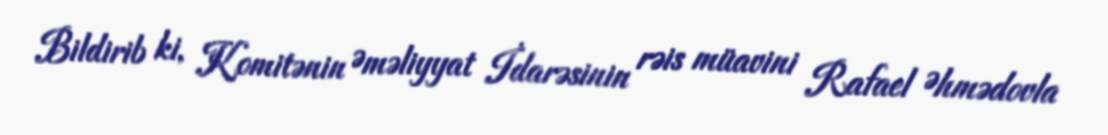
Bildirib ki, Komitənin Əməliyyat İdarəsinin rəis müavini Rafael Əhmədovla